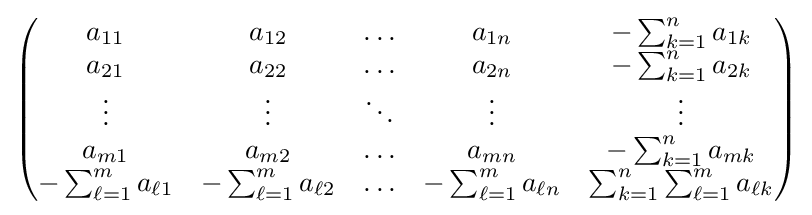
{\begin{pmatrix}a_{11}&a_{12}&\ldots &a_{1n}&-\sum _{k=1}^{n}a_{1k}\\a_{21}&a_{22}&\ldots &a_{2n}&-\sum _{k=1}^{n}a_{2k}\\\vdots &\vdots &\ddots &\vdots &\vdots \\a_{m1}&a_{m2}&\ldots &a_{mn}&-\sum _{k=1}^{n}a_{mk}\\-\sum _{\ell =1}^{m}a_{\ell 1}&-\sum _{\ell =1}^{m}a_{\ell 2}&\ldots &-\sum _{\ell =1}^{m}a_{\ell n}&\sum _{k=1}^{n}\sum _{\ell =1}^{m}a_{\ell k}\end{pmatrix}}